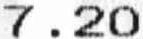
7.20